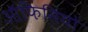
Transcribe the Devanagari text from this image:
ऑफिसियो